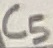
Text: C5